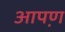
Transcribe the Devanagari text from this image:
आपण़